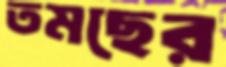
তমছের